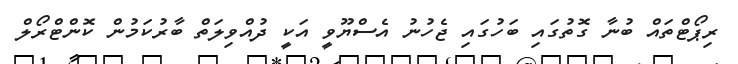
ރިޕޯޓްތައް ބުނާ ގޮތުގައި ބަހުގައި ޖެހުނު އެސްޔޫވީ އަކީ ދުއްވިލަތް ބާރުކަމުން ކޮންޓްރޯލް